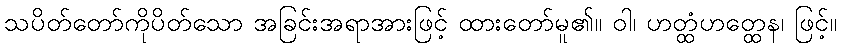
သပိတ်တော်ကိုပိတ်သော အခြင်းအရာအားဖြင့် ထားတော်မူ၏။ ဝါ၊ ဟတ္ထံဟတ္ထေန၊ ဖြင့်။